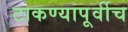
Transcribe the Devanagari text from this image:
टाकण्यापूर्वीच